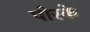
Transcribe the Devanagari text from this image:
पोरके